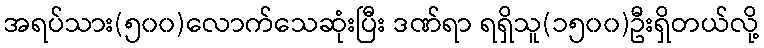
အရပ်သား(၅၀၀)လောက်သေဆုံးပြီး ဒဏ်ရာ ရရှိသူ(၁၅၀၀)ဦးရှိတယ်လို့